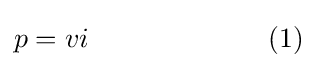
p=vi\qquad \qquad \qquad \,\,\,(1)